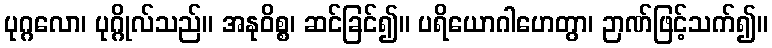
ပုဂ္ဂလော၊ ပုဂ္ဂိုလ်သည်။ အနုဝိစ္စ၊ ဆင်ခြင်၍။ ပရိယောဂါဟေတွာ၊ ဉာဏ်ဖြင့်သက်၍။